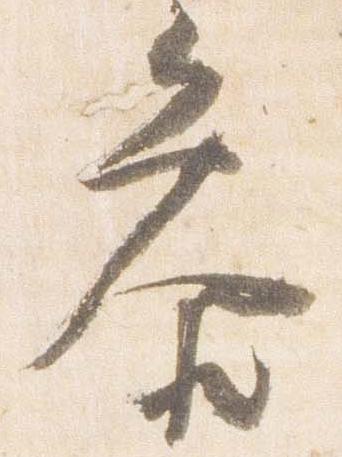
参